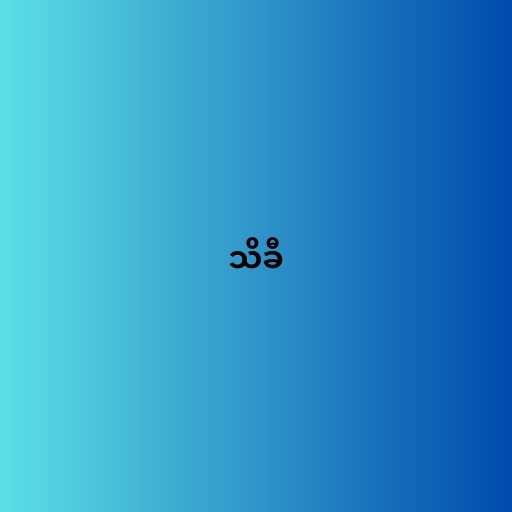
သိခီ